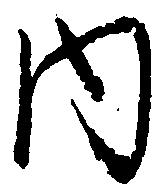
内